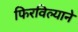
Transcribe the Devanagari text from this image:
फिरविल्याने